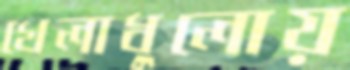
খেলাধুলোয়